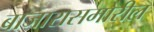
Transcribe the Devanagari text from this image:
बाजारासमोरील